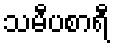
သမီပစာရီ